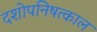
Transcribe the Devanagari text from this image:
दशोपनिषत्काल